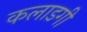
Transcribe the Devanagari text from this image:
कलाडगी